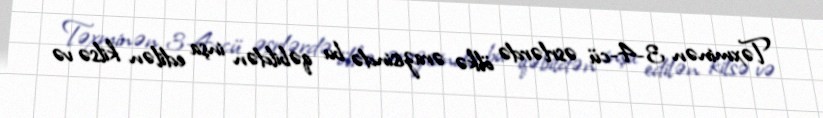
Təxminən 3-4-cü əsrlərdə ölkə ərazisində bu qəbildən inşa edilən kilsə və